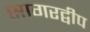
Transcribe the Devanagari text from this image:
सागरद्वीप